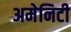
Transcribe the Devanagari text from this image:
अमेनिटी